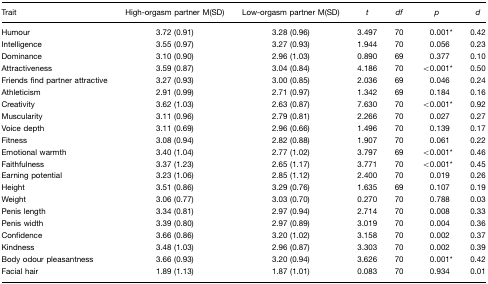
<table><thead><tr><td><b>Trait</b></td><td><b>High-orgasm partner M(SD)</b></td><td><b>Low-orgasm partner M(SD)</b></td><td><b><i>t</i></b></td><td><b><i>df</i></b></td><td><b><i>p</i></b></td><td><b><i>d</i></b></td></tr></thead><tbody><tr><td>Humour</td><td>3.72 (0.91)</td><td>3.28 (0.96)</td><td>3.497</td><td>70</td><td>0.001*</td><td>0.42</td></tr><tr><td>Intelligence</td><td>3.55 (0.97)</td><td>3.27 (0.93)</td><td>1.944</td><td>70</td><td>0.056</td><td>0.23</td></tr><tr><td>Dominance</td><td>3.10 (0.90)</td><td>2.96 (1.03)</td><td>0.890</td><td>69</td><td>0.377</td><td>0.10</td></tr><tr><td>Attractiveness</td><td>3.59 (0.87)</td><td>3.04 (0.84)</td><td>4.186</td><td>70</td><td>&lt;0.001*</td><td>0.50</td></tr><tr><td>Friends find partner attractive</td><td>3.27 (0.93)</td><td>3.00 (0.85)</td><td>2.036</td><td>69</td><td>0.046</td><td>0.24</td></tr><tr><td>Athleticism</td><td>2.91 (0.99)</td><td>2.71 (0.97)</td><td>1.342</td><td>69</td><td>0.184</td><td>0.16</td></tr><tr><td>Creativity</td><td>3.62 (1.03)</td><td>2.63 (0.87)</td><td>7.630</td><td>70</td><td>&lt;0.001*</td><td>0.92</td></tr><tr><td>Muscularity</td><td>3.11 (0.96)</td><td>2.79 (0.81)</td><td>2.266</td><td>70</td><td>0.027</td><td>0.27</td></tr><tr><td>Voice depth</td><td>3.11 (0.69)</td><td>2.96 (0.66)</td><td>1.496</td><td>70</td><td>0.139</td><td>0.17</td></tr><tr><td>Fitness</td><td>3.08 (0.94)</td><td>2.82 (0.88)</td><td>1.907</td><td>70</td><td>0.061</td><td>0.22</td></tr><tr><td>Emotional warmth</td><td>3.40 (1.04)</td><td>2.77 (1.02)</td><td>3.797</td><td>69</td><td>&lt;0.001*</td><td>0.46</td></tr><tr><td>Faithfulness</td><td>3.37 (1.23)</td><td>2.65 (1.17)</td><td>3.771</td><td>70</td><td>&lt;0.001*</td><td>0.45</td></tr><tr><td>Earning potential</td><td>3.23 (1.06)</td><td>2.85 (1.12)</td><td>2.400</td><td>70</td><td>0.019</td><td>0.26</td></tr><tr><td>Height</td><td>3.51 (0.86)</td><td>3.29 (0.76)</td><td>1.635</td><td>69</td><td>0.107</td><td>0.19</td></tr><tr><td>Weight</td><td>3.06 (0.77)</td><td>3.03 (0.70)</td><td>0.270</td><td>70</td><td>0.788</td><td>0.03</td></tr><tr><td>Penis length</td><td>3.34 (0.81)</td><td>2.97 (0.94)</td><td>2.714</td><td>70</td><td>0.008</td><td>0.33</td></tr><tr><td>Penis width</td><td>3.39 (0.80)</td><td>2.97 (0.89)</td><td>3.019</td><td>70</td><td>0.004</td><td>0.36</td></tr><tr><td>Confidence</td><td>3.66 (0.86)</td><td>3.20 (1.02)</td><td>3.158</td><td>70</td><td>0.002</td><td>0.37</td></tr><tr><td>Kindness</td><td>3.48 (1.03)</td><td>2.96 (0.87)</td><td>3.303</td><td>70</td><td>0.002</td><td>0.39</td></tr><tr><td>Body odour pleasantness</td><td>3.66 (0.93)</td><td>3.20 (0.94)</td><td>3.626</td><td>70</td><td>0.001*</td><td>0.42</td></tr><tr><td>Facial hair</td><td>1.89 (1.13)</td><td>1.87 (1.01)</td><td>0.083</td><td>70</td><td>0.934</td><td>0.01</td></tr></tbody></table>